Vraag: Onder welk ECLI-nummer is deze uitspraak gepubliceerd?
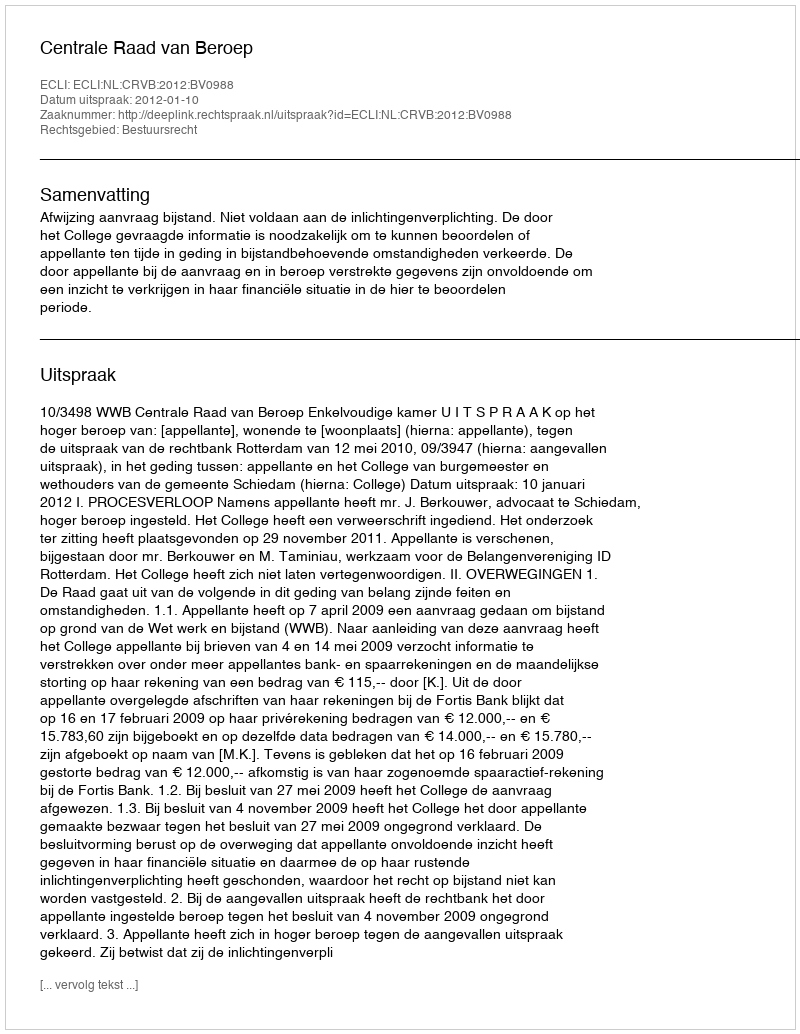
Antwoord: ECLI:NL:CRVB:2012:BV0988